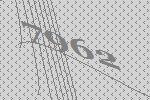
7962